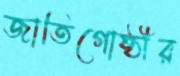
জাতিগোষ্ঠীর